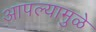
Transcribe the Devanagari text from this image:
आपल्यामुळे